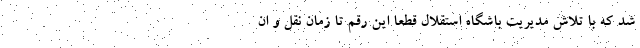
شد که با تلاش مدیریت باشگاه استقلال قطعا این رقم تا زمان نقل و ان